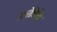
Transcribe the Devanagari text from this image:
अधोतिर्यक्‌